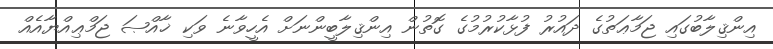
އިންޤިލާބުގައި ޖަމާޢަތުގެ ދައުރު ފުޅާކުރުމުގެ ގޮތުން އިންޤިލާބީންނަށް އެހީވާނެ ވަކި ޚާއްޞަ ޖަމްޢިއްޔާއެއް